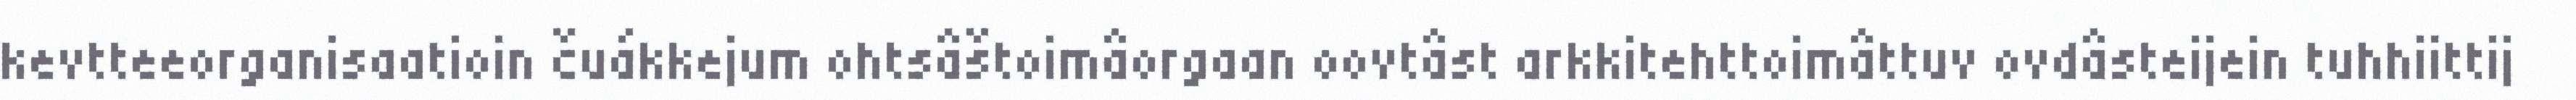
kevtteeorganisaatioin čuákkejum ohtsâštoimâorgaan oovtâst arkkitehttoimâttuv ovdâsteijein tuhhiittij